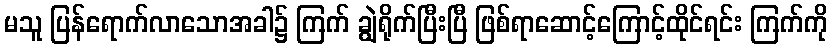
မသူ ပြန်ရောက်လာသောအခါ၌ ကြက် ချွဲရိုက်ပြီးပြီ ဖြစ်ရာဆောင့်ကြောင့်ထိုင်ရင်း ကြက်ကို